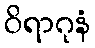
ဝိရာဂုနံ